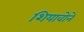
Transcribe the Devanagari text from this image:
शियावोने